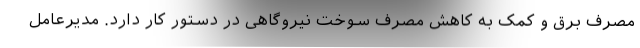
مصرف برق و کمک به کاهش مصرف سوخت نیروگاهی در دستور کار دارد. مدیرعامل